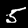
Label: 5